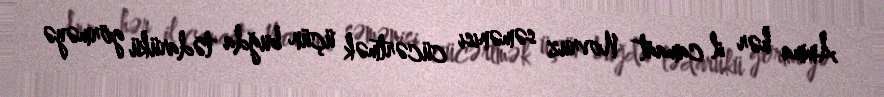
Amma hər il camaat Novruz səmənisi cücərtmək üçün buğda tədarükü görməyə